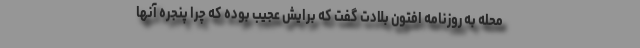
محله به روزنامه افتون بلادت گفت که برایش عجیب بوده که چرا پنجره آنها